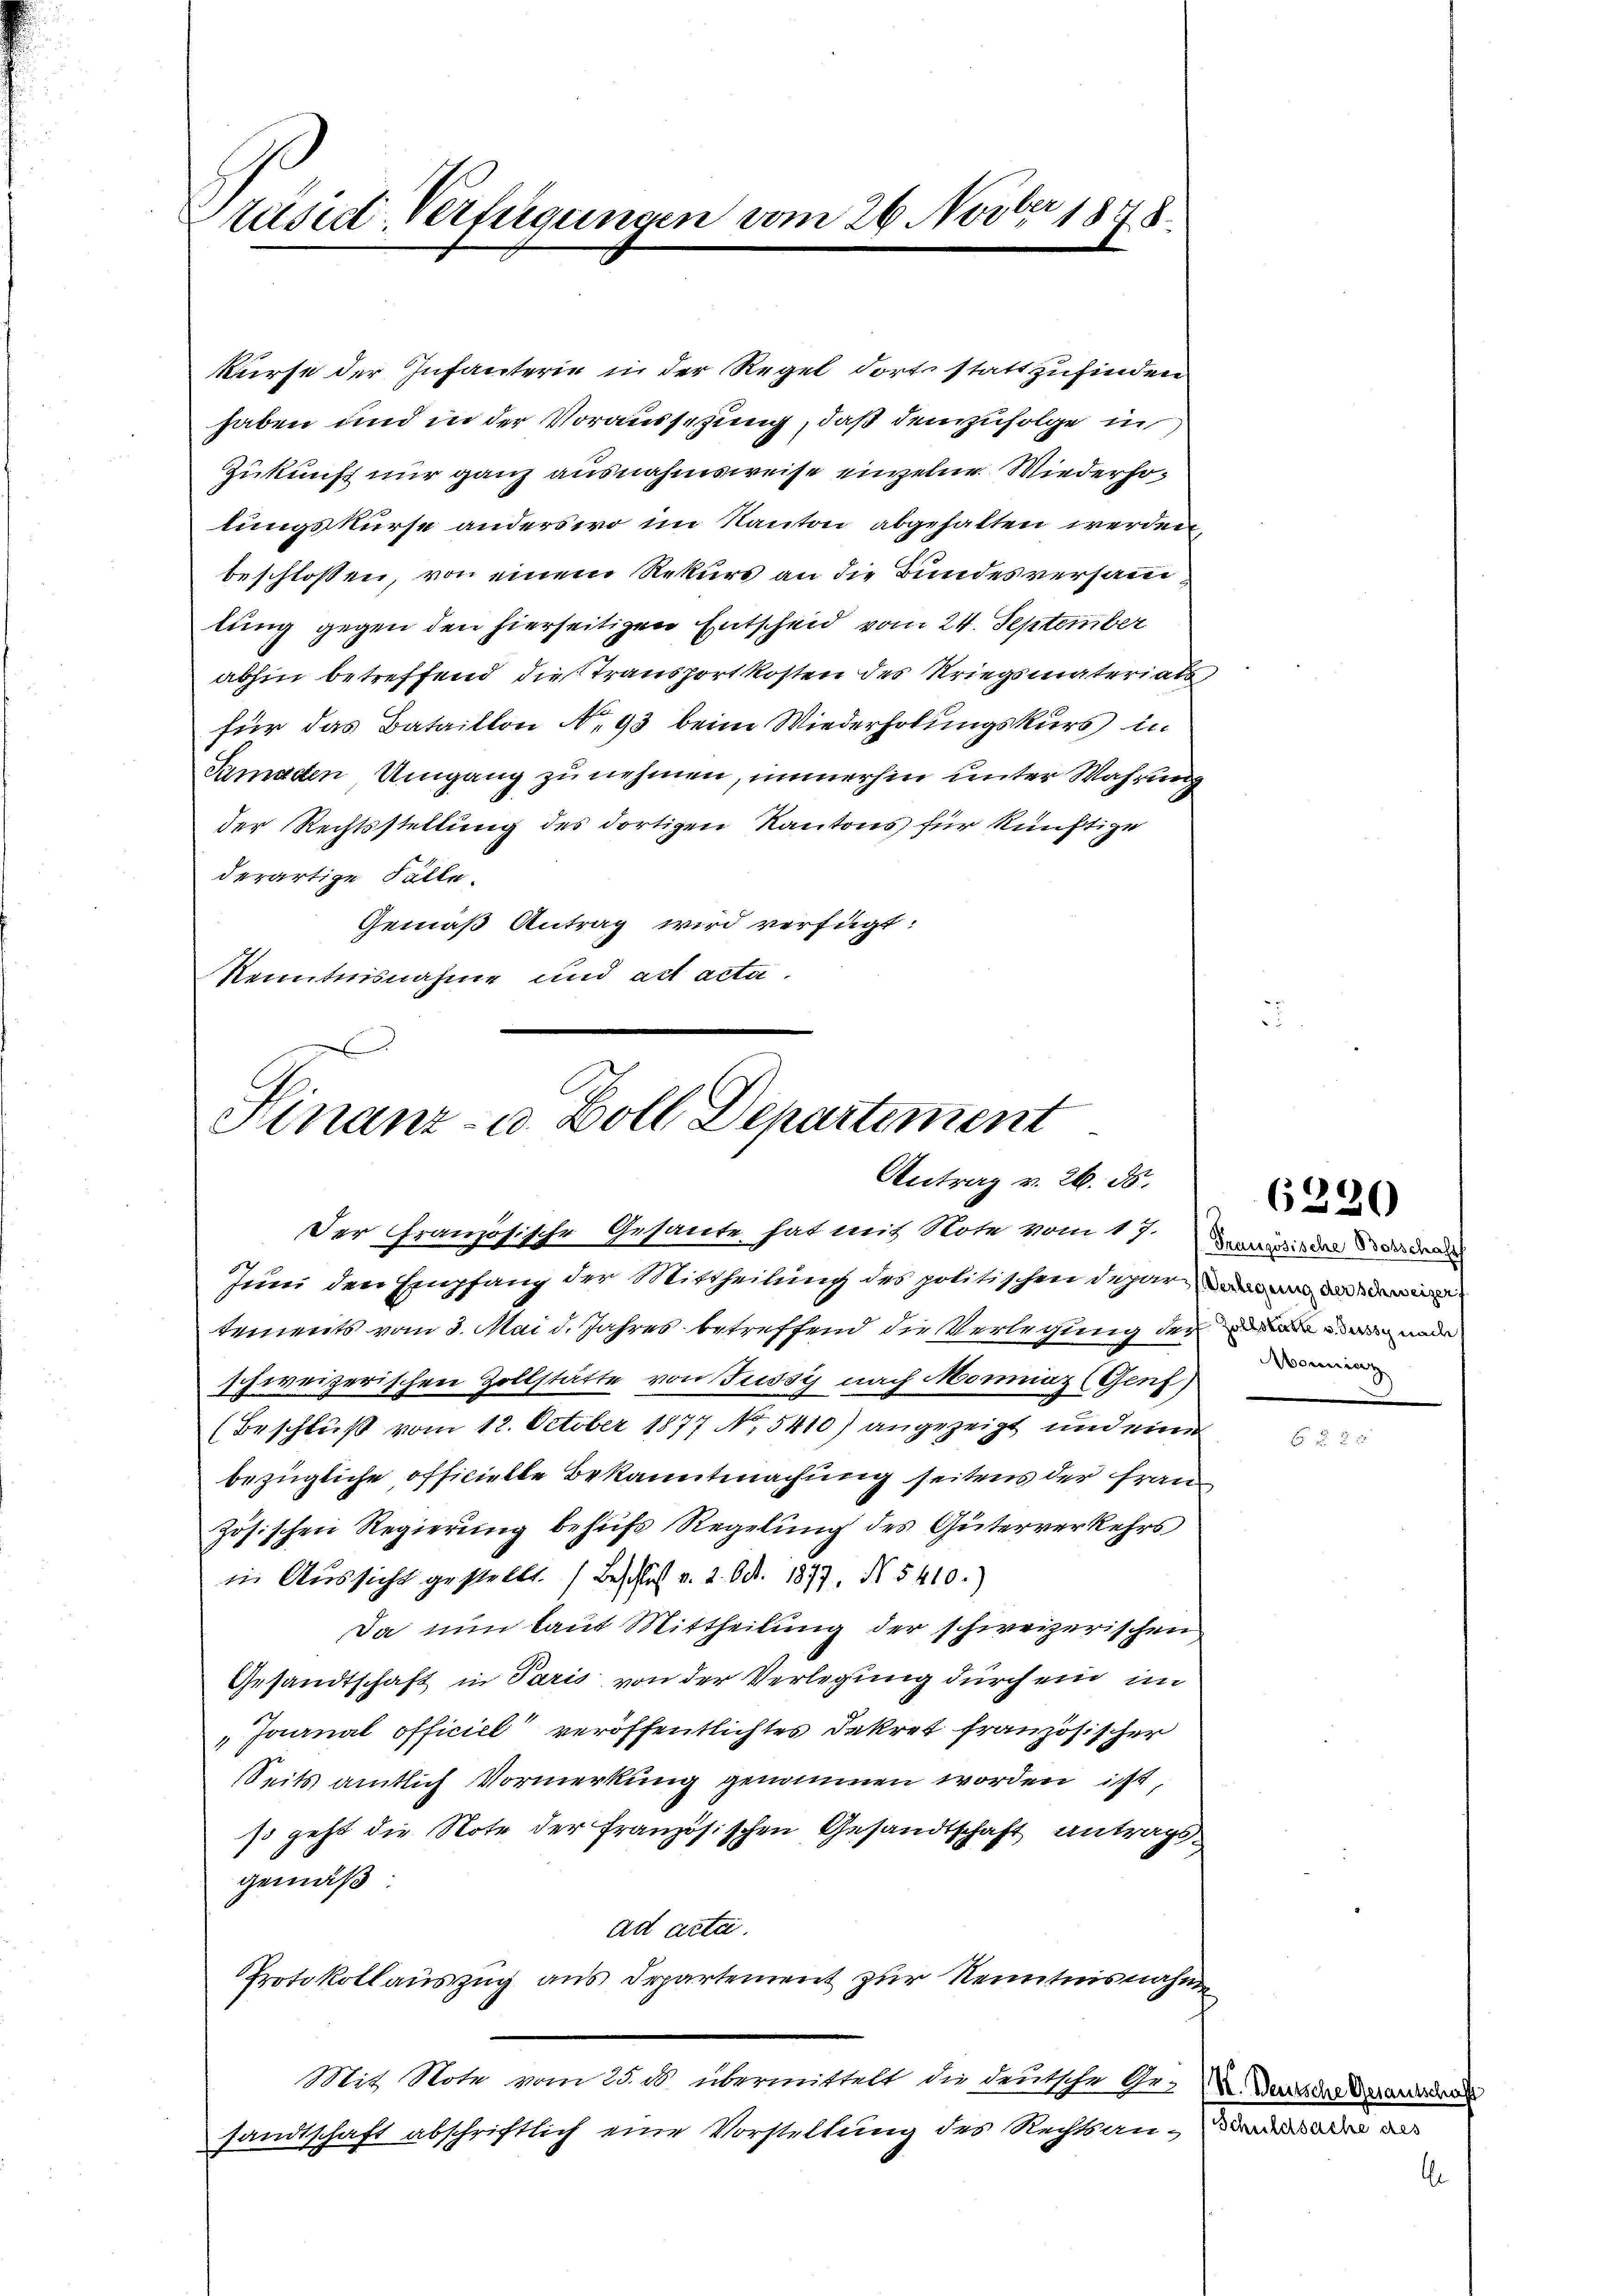
räsid. Verfügungen vom 26. Novbr. 1878

kurse der Infanterie in der Regel dort statt zufinden
haben und in der Voraussezung, daß demzufolge in
Zukunft nur ganz ausnahmsweise einzelne Wiederholungskurse anderswo im Kanton abgehalten werden,
beschlossen, von einem Rekurs an die Bundesversand
lung gegen den hierseitigen Entscheid vom 24. September
abhin betreffend die Transportkosten des Kriegsmaterials,
für das Bataillon No. 93 beim Wiederholungskurs in
Samaden Umgang zu nehmen, immerhin unter Wahrung
der Rechtsstellung des dortigen Kantons für künftige
derartige Fälle.
Gemäß Antrag wird verfügt:
Kenntnisnahme und alt acta.

Hinanz- u. Boll Departement
Antrag v. 26. ds.

Der französische Gesante hat mit Note vom 17. Desiden oder
Juni den Empfang der Mittheilung des politischen Separ
tements vom 3. Mai d. Jahres betreffend die Verlegung der der von und
schweizerischen Zollstätte von Fussy nach Moniaz (Genf,
(Beschluß vom 12. October 1877 No. 5410) angezeigt und eine
bezügliche officielle Bekanntmachung seitens der Fran
zösischen Regierung behufs Regelung des Güterverkehrs
in Aussicht gestellt. (Beschluss v. 2. Oct. 1877, No 5410.)
Da nun laut Mittheilung der schweizerischen
Gesandtschaft in Paris von der Verlegung durch ein im
Jaanal officiel veröffentlichtes Dekret französischer
Seits amtlich Vormerkung genommen worden ist,
so geht die Note der Französischen Gesandtschaft antragsgemäß
ad acta.
Protokollaŭszŭg ans Departement zŭr Kenntnisnahmen
Mit Note vom 25. ds. übermittelt die deutsche Ge- Verscher Verandsdal
sandtschaft abschriftlich eine Vorstellung des Rechtsan¬

6226

Monninz

A